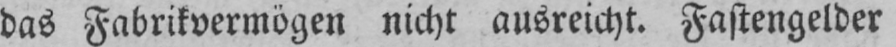
das Fabrikvermögen nicht ausreicht. Fastengelder